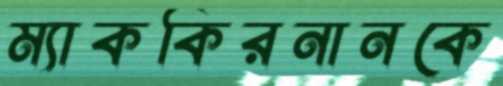
ম্যাককিরনানকে